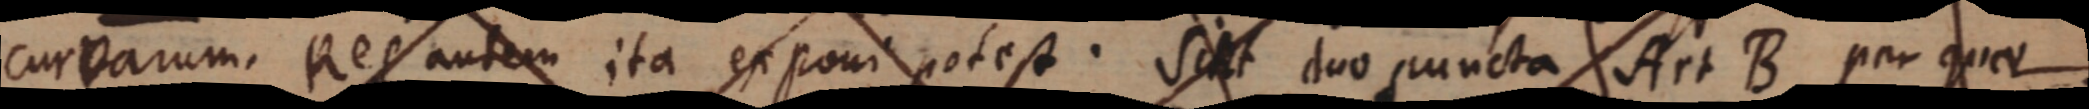
curvarum. Res autem ita ex poni potest. Sint duo puncta A et B per quae